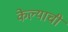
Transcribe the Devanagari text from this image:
केेल्याची